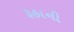
રૂહાની